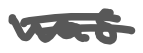
Text: was
Cross-out: double-line
Writing tool: digital_gray